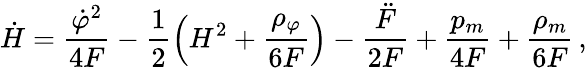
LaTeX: \dot{H}=\frac{{\dot{\varphi}}^{2}}{4F}-\frac{1}{2}\left(H^{2}+\frac{{\rho}_{\varphi}}{6F}\right)-\frac{\ddot{F}}{2F}+\frac{p_{m}}{4F}+\frac{\rho_{m}}{6F}\, ,